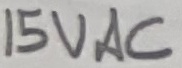
Text: 15VAC